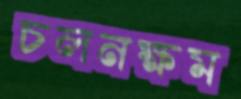
চলনক্ষম